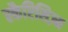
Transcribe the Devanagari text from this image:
स्कैप्टिसिज़्म